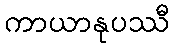
ကာယာနုပဿီ